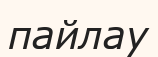
пайлау